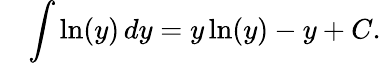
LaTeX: \quad\int\ln(y)\, dy=y\ln(y)-y+C.